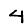
Digit: 4